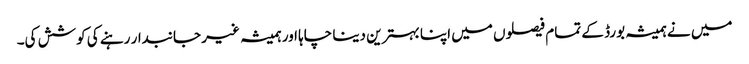
میں نے ہمیشہ بورڈ کے تمام فیصلوں میں اپنا بہترین دینا چاہا اور ہمیشہ غیر جانبدار رہنے کی کوشش کی۔